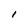
Character: 1